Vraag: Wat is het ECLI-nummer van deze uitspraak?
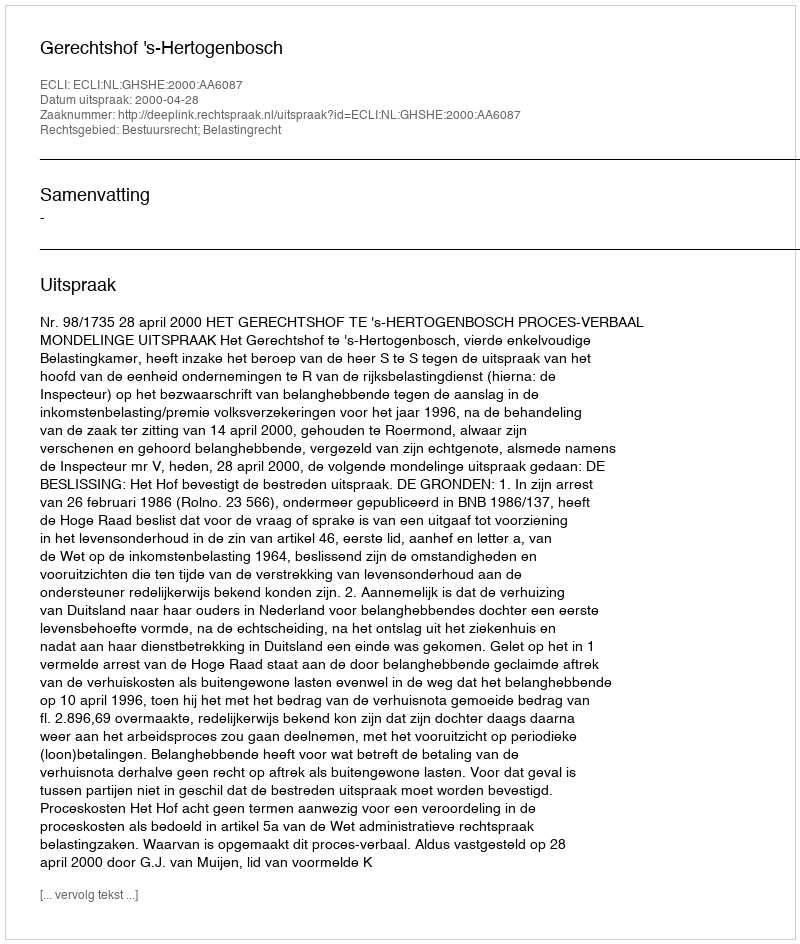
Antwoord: ECLI:NL:GHSHE:2000:AA6087